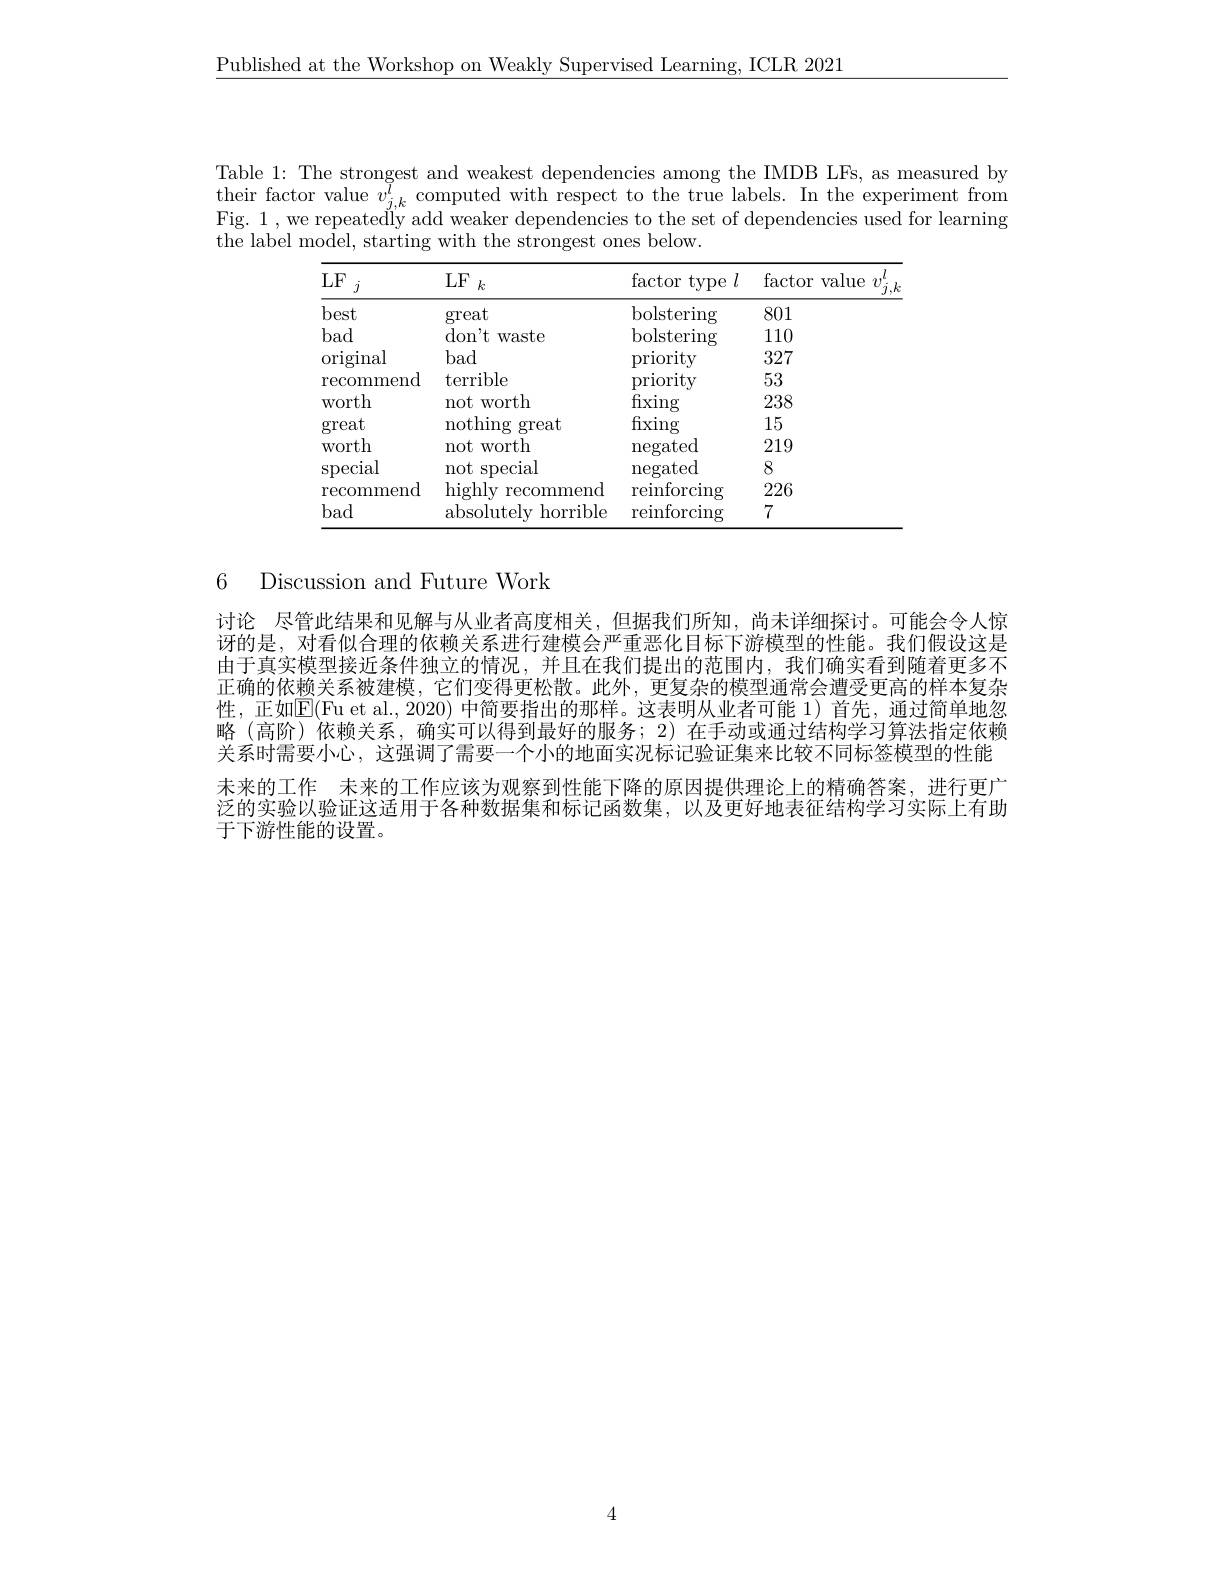
Published at the Workshop on Weakly Supervised Learning, ICLR 2021

Table 1: The strongest and weakest dependencies among the IMDB LFs, as measured by $\underset{\text{Fr}=1}{\operatorname*{\text{factor value }}}v_{j,k}^{i}\underset{\text{T}=1}{\operatorname*{\text{computed with respect to the true labels. In the experiment from}}}$ Fig. 1, we repeatedl'y add weaker dependencies to the set of dependencies used for learning the label model, starting with the strongest ones below.

<table>
	<tbody>
		<tr>
			<th>LF $j$</th>
			<th>LF $k$</th>
			<th>$\operatorname{factor}$ type $:l$</th>
			<th>$\operatorname{factor}$ type $I.$</th>
			<th>$\operatorname{factor}$ value 1</th>
			<th>$l$ $v$ ${}^{\nu_{j},k}$</th>
		</tr>
		<tr>
			<td>best</td>
			<td>great</td>
			<td>bolstering</td>
			<td>bolstering</td>
			<td>801</td>
			<td> </td>
		</tr>
		<tr>
			<td>bad</td>
			<td>$\operatorname{don't}$waste </td>
			<td>bolstering</td>
			<td>bolstering</td>
			<td>110</td>
			<td> </td>
		</tr>
		<tr>
			<td>original</td>
			<td>bad</td>
			<td>priority</td>
			<td>priority</td>
			<td>327</td>
			<td> </td>
		</tr>
		<tr>
			<td>recommend</td>
			<td>terrible</td>
			<td>priority</td>
			<td>priority</td>
			<td>53</td>
			<td> </td>
		</tr>
		<tr>
			<td>WOrth</td>
			<td>not worth</td>
			<td>fixing</td>
			<td>fixing</td>
			<td>238</td>
			<td> </td>
		</tr>
		<tr>
			<td>great</td>
			<td>nothing great</td>
			<td>fixing</td>
			<td>fixing</td>
			<td>15</td>
			<td> </td>
		</tr>
		<tr>
			<td>WOrth</td>
			<td>not worth</td>
			<td>negated</td>
			<td>negated</td>
			<td>219</td>
			<td> </td>
		</tr>
		<tr>
			<td>special</td>
			<td>not special</td>
			<td>negated</td>
			<td>negated</td>
			<td>8</td>
			<td> </td>
		</tr>
		<tr>
			<td>recommend</td>
			<td>highly recommend</td>
			<td>reinforcing</td>
			<td>reinforcing</td>
			<td>226</td>
			<td> </td>
		</tr>
		<tr>
			<td>bad</td>
			<td>absolutelv horrible</td>
			<td>reinforcing</td>
			<td>reinforcing</td>
			<td>7</td>
			<td> </td>
		</tr>
	</tbody>
</table>

## 6 Discussion and Future Work

讨论 尽管此结果和见解与从业者高度相关，但据我们所知，尚未详细探讨。可能会令人惊讶的是，对看似合理的依赖关系进行建模会严重恶化目标下游模型的性能。我们假设这是由于真实模型接近条件独立的情况，并且在我们提出的范围内，我们确实看到随着更多不正确的依赖关系被建模，它们变得更松散。此外，更复杂的模型通常会遭受更高的样本复杂性，正如$\overline{\mathbb{E}}($Fu et al.,2020) 中简要指出的那样。这表明从业者可能 1)首先，通过简单地忽略 (高阶)依赖关系，确实可以得到最好的服务；2) 在手动或通过结构学习算法指定依赖关系时需要小心，这强调了需要一个小的地面实况标记验证集来比较不同标签模型的性能未来的工作 未来的工作应该为观察到性能下降的原因提供理论上的精确答案，进行更广泛的实验以验证这适用于各种数据集和标记函数集，以及更好地表征结构学习实际上有助于下游性能的设置。

4